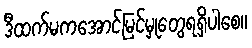
ဒီထက်မကအောင်မြင်မှုတွေရရှိပါစေ။